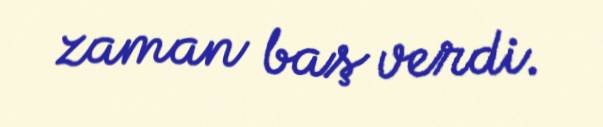
zaman baş verdi.